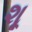
શૂ